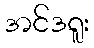
အင်ဒရူး